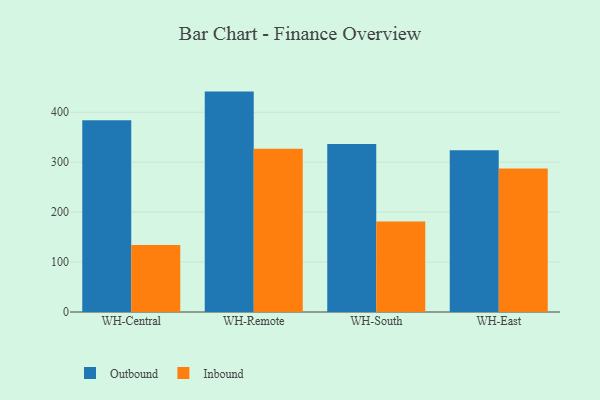
{"axis": {"x": "Warehouse", "y": "Active Users"}, "legend": ["Inbound", "Outbound"], "data": [{"x": "WH-Central", "y": 383.8, "type": "Outbound"}, {"x": "WH-Central", "y": 134.1, "type": "Inbound"}, {"x": "WH-Remote", "y": 441.4, "type": "Outbound"}, {"x": "WH-Remote", "y": 327.0, "type": "Inbound"}, {"x": "WH-South", "y": 336.4, "type": "Outbound"}, {"x": "WH-South", "y": 181.1, "type": "Inbound"}, {"x": "WH-East", "y": 323.8, "type": "Outbound"}, {"x": "WH-East", "y": 287.2, "type": "Inbound"}]}